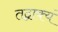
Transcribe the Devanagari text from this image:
तद्वाक्यं